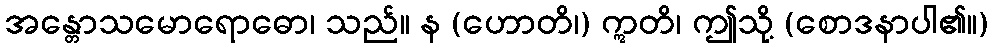
အန္တောသမောရောဓော၊ သည်။ န (ဟောတိ၊) ဣတိ၊ ဤသို့ (စောဒနာပါ၏။)